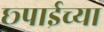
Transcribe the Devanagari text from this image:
छ्पाईच्या